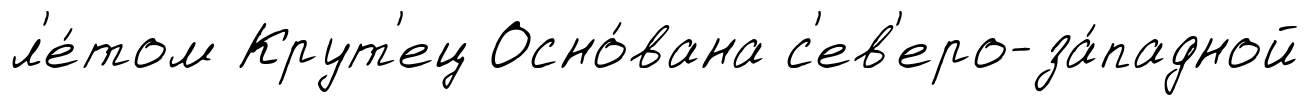
л'е́том Крут'ец Осно́вана с'ев'еро-за́падной